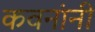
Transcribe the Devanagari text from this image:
कवनांनी